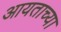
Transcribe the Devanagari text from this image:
आयताच्या